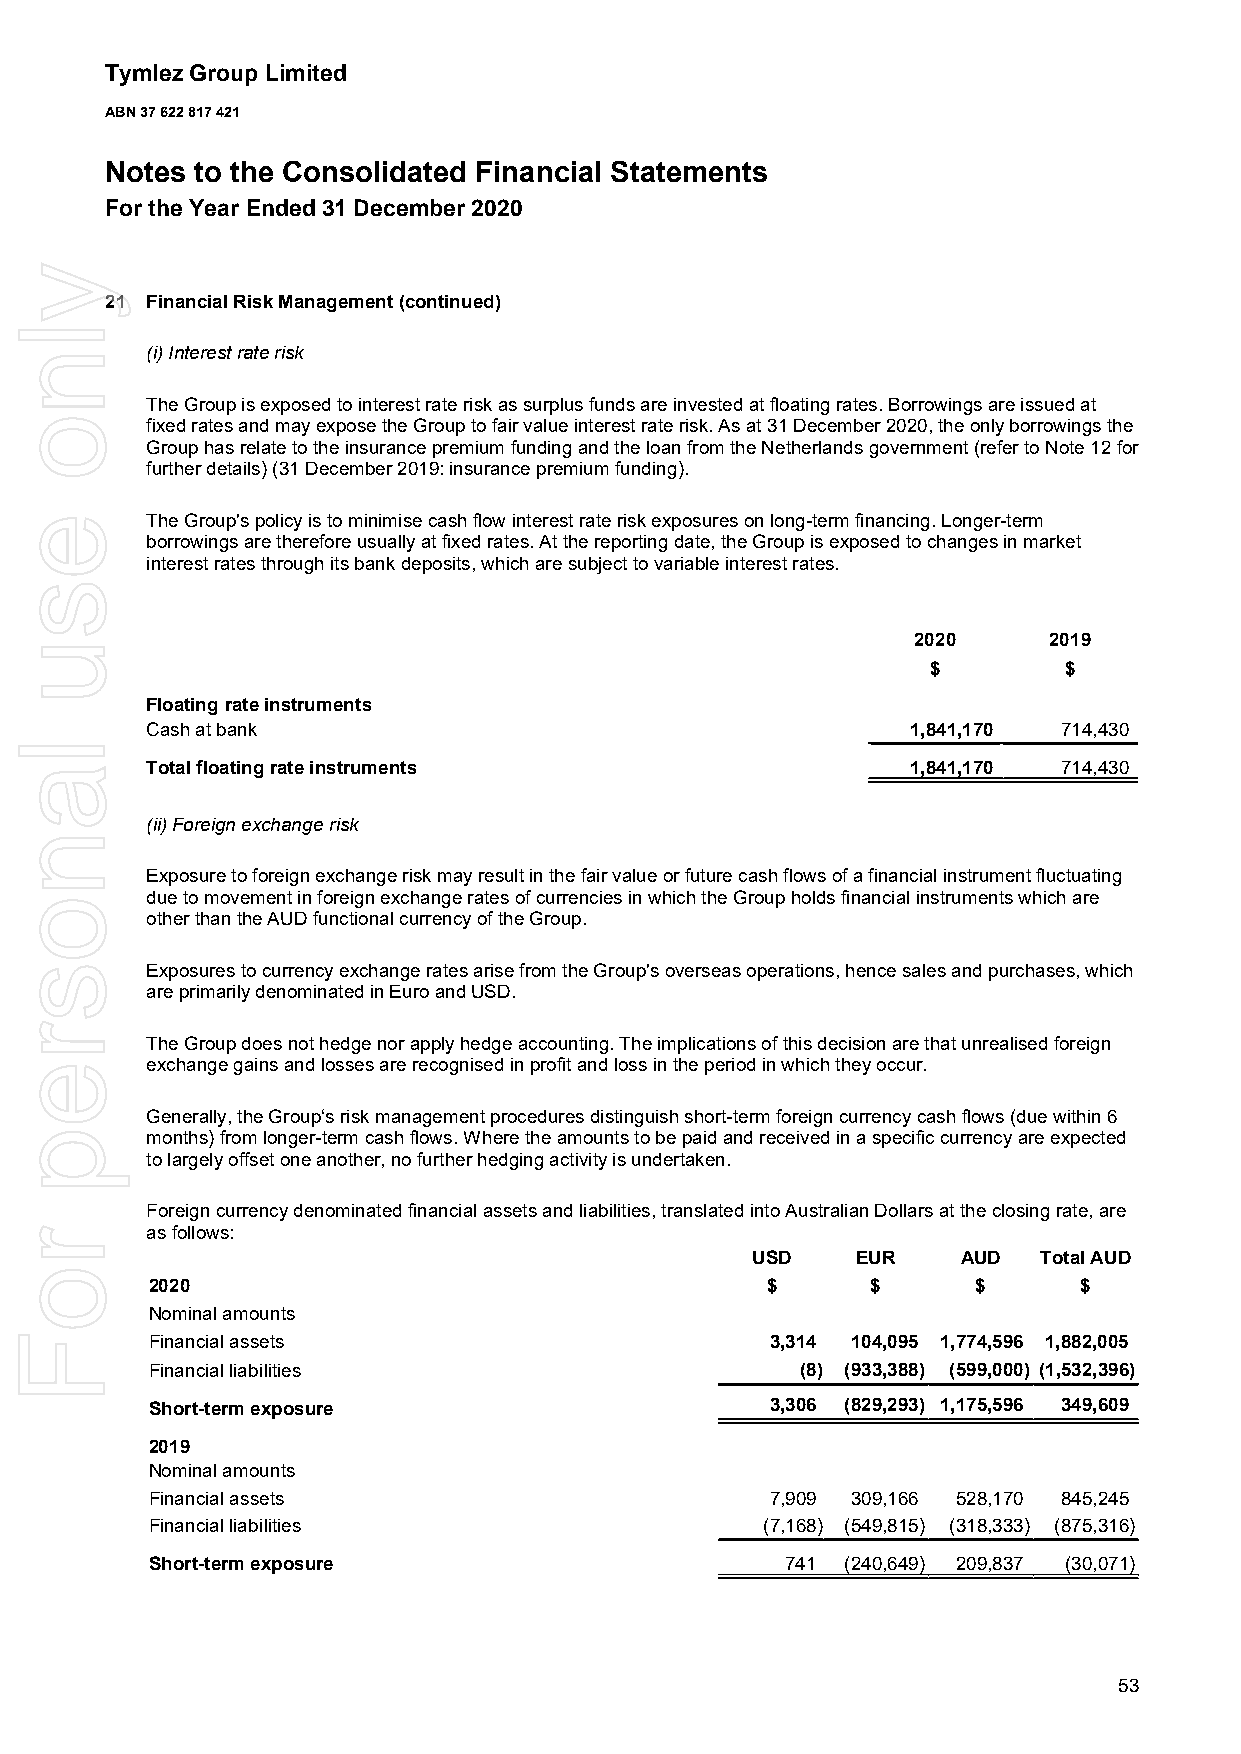
Tymlez Group Limited
 ABN 37 622 817 421
 Notes to the Consolidated Financial Statements
 For the Year Ended 31 December 2020
 21 Financial Risk Management (continued)
 (i) Interest rate risk
 The Group is exposed to interest rate risk as surplus funds are invested at floating rates. Borrowings are issued at
 fixed rates and may expose the Group to fair value interest rate risk. As at 31 December 2020, the only borrowings the
 Group has relate to the insurance premium funding and the loan from the Netherlands government (refer to Note 12 for
 further details) (31 December 2019: insurance premium funding).
 The Group's policy is to minimise cash flow interest rate risk exposures on long-term financing. Longer-term
 borrowings are therefore usually at fixed rates. At the reporting date, the Group is exposed to changes in market
 interest rates through its bank deposits, which are subject to variable interest rates.
 2020     2019
 $       $
 Floating rate instruments
 Cash at bank                                      1,841,170 714,430
 Total floating rate instruments                   1,841,170 714,430
 (ii) Foreign exchange risk
 Exposure to foreign exchange risk may result in the fair value or future cash flows of a financial instrument fluctuating
 due to movement in foreign exchange rates of currencies in which the Group holds financial instruments which are
 other than the AUD functional currency of the Group.
 Exposures to currency exchange rates arise from the Group's overseas operations, hence sales and purchases, which
 are primarily denominated in Euro and USD.
 The Group does not hedge nor apply hedge accounting. The implications of this decision are that unrealised foreign
 exchange gains and losses are recognised in profit and loss in the period in which they occur.
 Generally, the Group‘s risk management procedures distinguish short-term foreign currency cash flows (due within 6
 months) from longer-term cash flows. Where the amounts to be paid and received in a specific currency are expected
 to largely offset one another, no further hedging activity is undertaken.
 Foreign currency denominated financial assets and liabilities, translated into Australian Dollars at the closing rate, are
 as follows:
 USD    EUR    AUD  Total AUD
 2020                                     $      $      $     $
 Nominal amounts
 Financial assets                         3,314 104,095 1,774,596 1,882,005
 Financial liabilities                      (8) (933,388) (599,000) (1,532,396)
 Short-term exposure                      3,306 (829,293) 1,175,596 349,609
 2019
 Nominal amounts
 Financial assets                         7,909 309,166 528,170 845,245
 Financial liabilities                   (7,168) (549,815) (318,333) (875,316)
 Short-term exposure                       741 (240,649) 209,837 (30,071)
 53
 ylno
 esu
 lanosrep
 roF